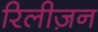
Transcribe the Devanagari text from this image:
रिलीज़न